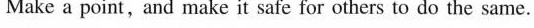
Make a point, and make it safe for others to do the same.